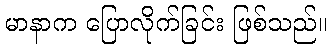
မာနာက ပြောလိုက်ခြင်း ဖြစ်သည်။